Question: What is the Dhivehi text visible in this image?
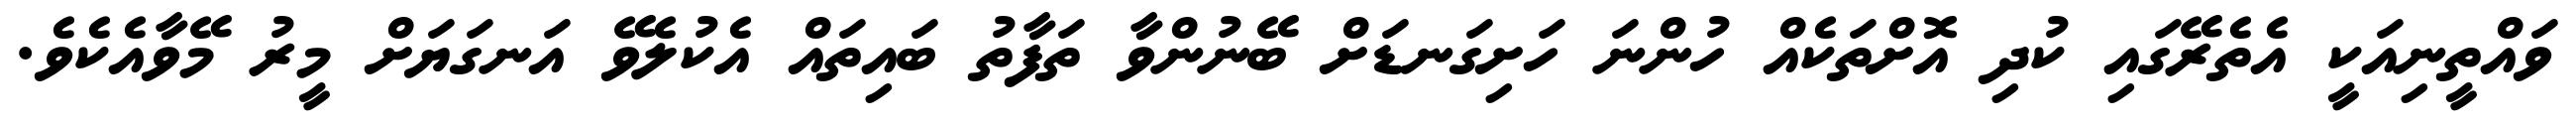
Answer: ވައްތީނިއަކީ އެތެރޭގައި ކުދި އޮށްތަކެއް ހުންނަ ހަށިގަނޑަށް ބޭނުންވާ ތަފާތު ބައިތައް އެކުލެވޭ އަނގަޔަށް މީރު މޭވާއެކެވެ.